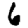
Digit: 6